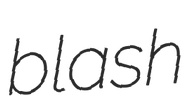
blash